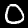
Label: 0